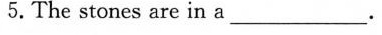
5.The stones are in a___.